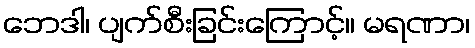
ဘေဒါ၊ ပျက်စီးခြင်းကြောင့်။ မရဏာ၊